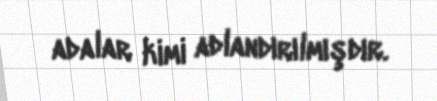
adalar kimi adlandırılmışdır.